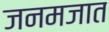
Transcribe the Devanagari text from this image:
जनमजात